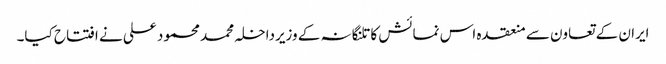
ایران کے تعاون سے منعقدہ اس نمائش کا تلنگانہ کے وزیرداخلہ محمد محمود علی نے افتتاح کیا۔